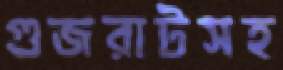
গুজরাটসহ